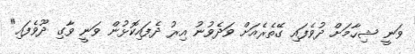
ވަނީ ޝިހާމަށް ދުވެފައި ގޭތެރެއަށް ވަދެވުނު އިރު ދެފައިކޮޅުން ވަނީ ވާގި ދޫވެފައި"